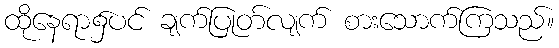
ထိုနေရာ၌ပင် ချက်ပြုတ်လျက် စားသောက်ကြသည်။